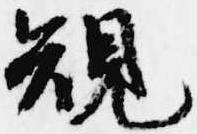
規